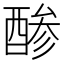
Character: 𮠳